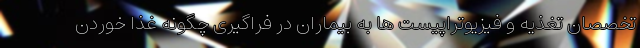
تخصصان تغذیه و فیزیوتراپیست ها به بیماران در فراگیری چگونه غذا خوردن